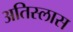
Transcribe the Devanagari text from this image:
अतिस्लास